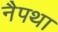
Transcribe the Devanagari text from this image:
नैपथा